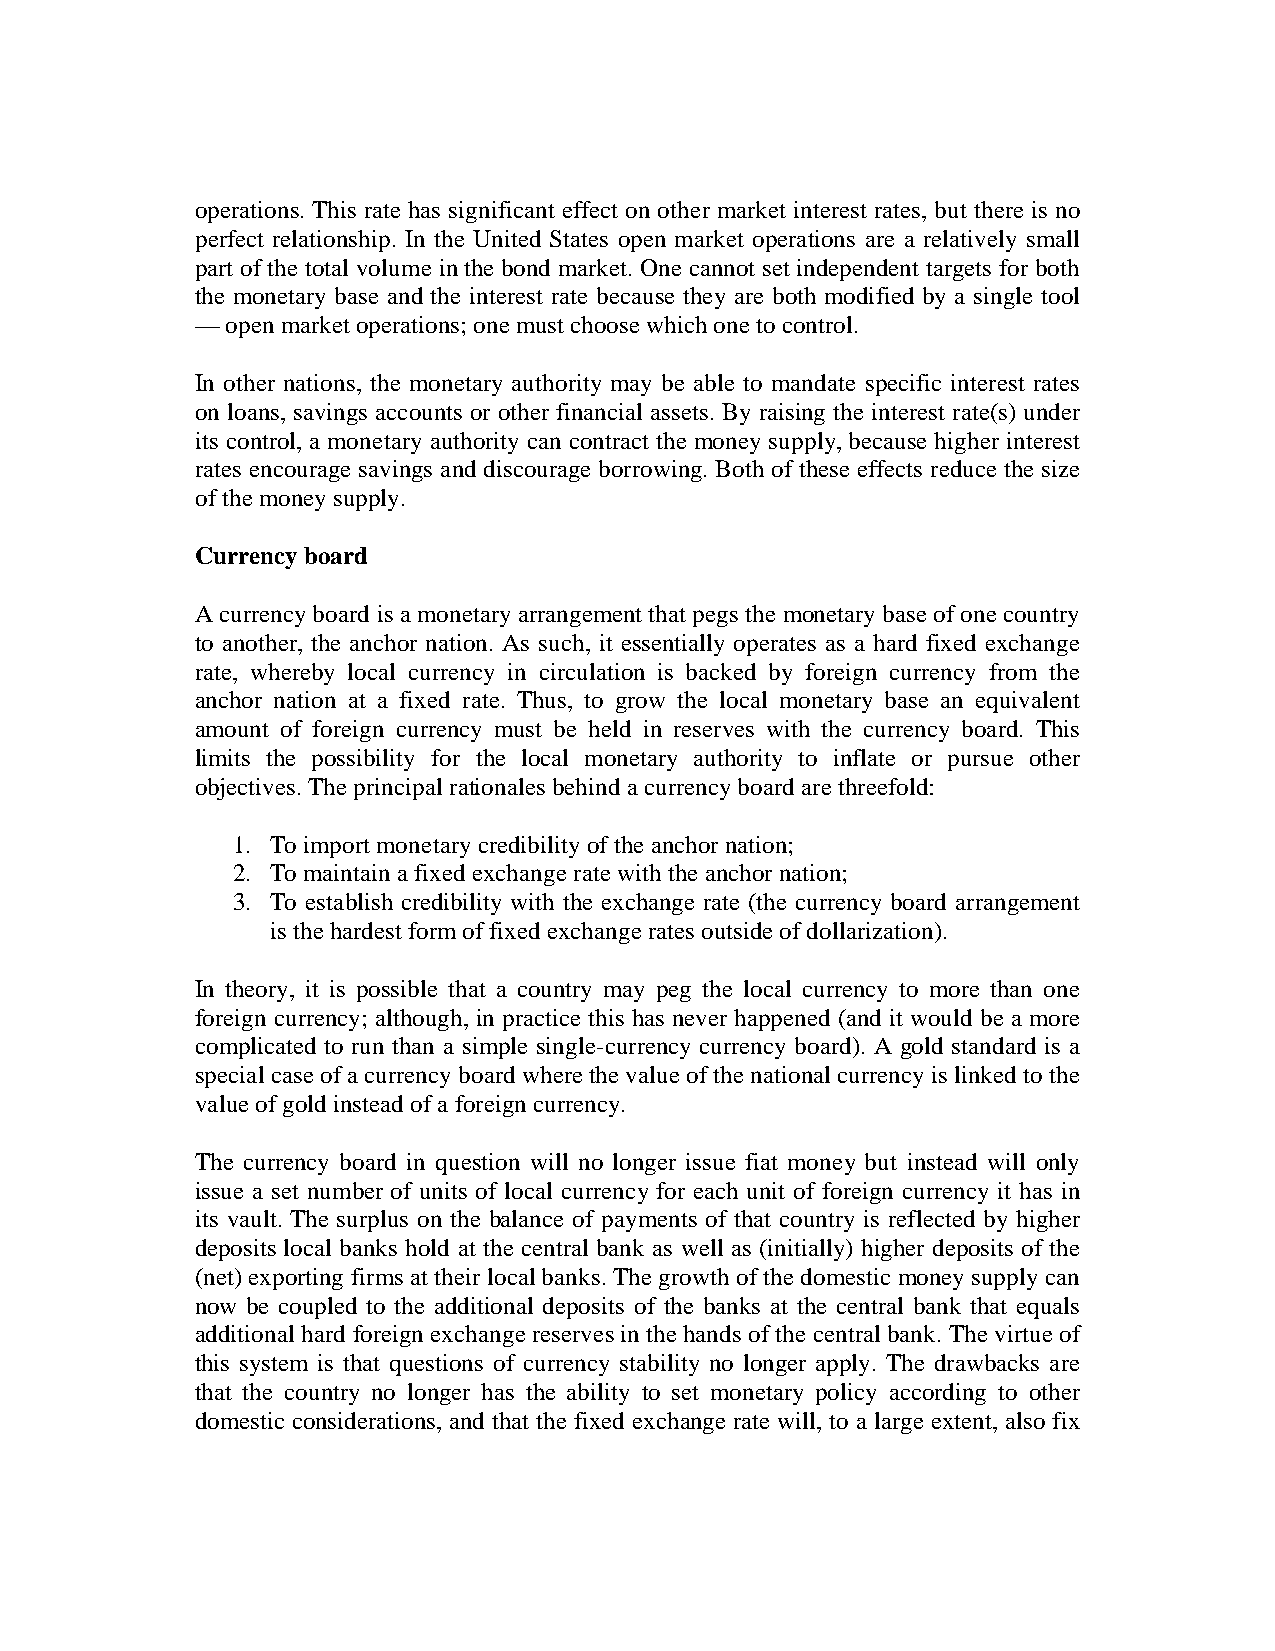
operations. This rate has significant effect on other market interest rates, but there is no
 perfect relationship. In the United States open market operations are a relatively small
 part of the total volume in the bond market. One cannot set independent targets for both
 the monetary base and the interest rate because they are both modified by a single tool
 — open market operations; one must choose which one to control.
 In other nations, the monetary authority may be able to mandate specific interest rates
 on loans, savings accounts or other financial assets. By raising the interest rate(s) under
 its control, a monetary authority can contract the money supply, because higher interest
 rates encourage savings and discourage borrowing. Both of these effects reduce the size
 of the money supply.
 Currency board
 A currency board is a monetary arrangement that pegs the monetary base of one country
 to another, the anchor nation. As such, it essentially operates as a hard fixed exchange
 rate, whereby local currency in circulation is backed by foreign currency from the
 anchor nation at a fixed rate. Thus, to grow the local monetary base an equivalent
 amount of foreign currency must be held in reserves with the currency board. This
 limits the possibility for the local monetary authority to inflate or pursue other
 objectives. The principal rationales behind a currency board are threefold:
 1. To import monetary credibility of the anchor nation;
 2. To maintain a fixed exchange rate with the anchor nation;
 3. To establish credibility with the exchange rate (the currency board arrangement
 is the hardest form of fixed exchange rates outside of dollarization).
 In theory, it is possible that a country may peg the local currency to more than one
 foreign currency; although, in practice this has never happened (and it would be a more
 complicated to run than a simple single-currency currency board). A gold standard is a
 special case of a currency board where the value of the national currency is linked to the
 value of gold instead of a foreign currency.
 The currency board in question will no longer issue fiat money but instead will only
 issue a set number of units of local currency for each unit of foreign currency it has in
 its vault. The surplus on the balance of payments of that country is reflected by higher
 deposits local banks hold at the central bank as well as (initially) higher deposits of the
 (net) exporting firms at their local banks. The growth of the domestic money supply can
 now be coupled to the additional deposits of the banks at the central bank that equals
 additional hard foreign exchange reserves in the hands of the central bank. The virtue of
 this system is that questions of currency stability no longer apply. The drawbacks are
 that the country no longer has the ability to set monetary policy according to other
 domestic considerations, and that the fixed exchange rate will, to a large extent, also fix